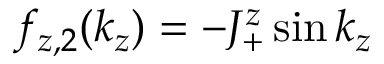
f _ { z , 2 } ( k _ { z } ) = - J _ { + } ^ { z } \sin k _ { z }